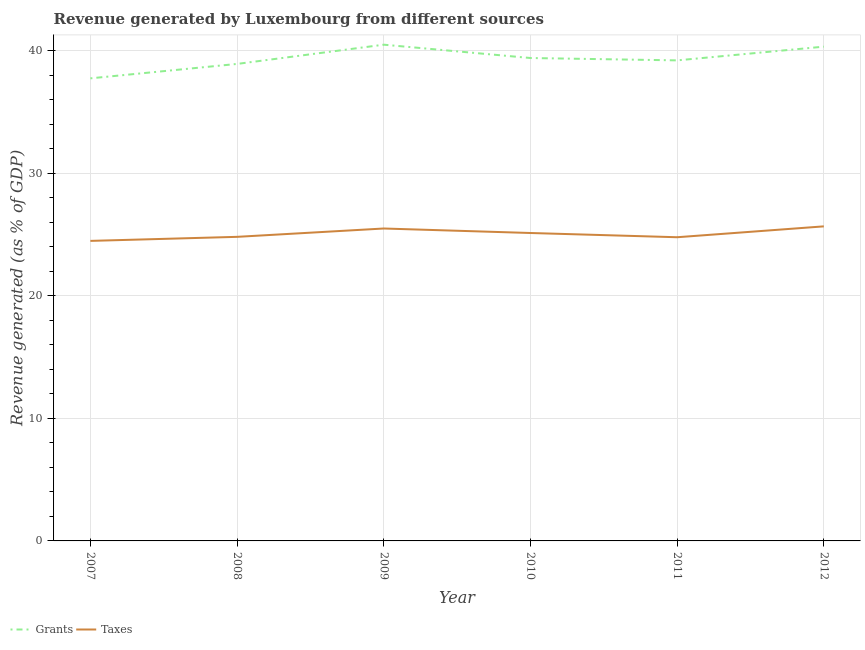
| Year | Grants | Taxes |
 | --- | --- | --- |
 | 2007 | 37.7 | 24.5 |
 | 2008 | 38.9 | 24.8 |
 | 2009 | 40.5 | 25.5 |
 | 2010 | 39.4 | 25.1 |
 | 2011 | 39.2 | 24.8 |
 | 2012 | 40.3 | 25.7 |